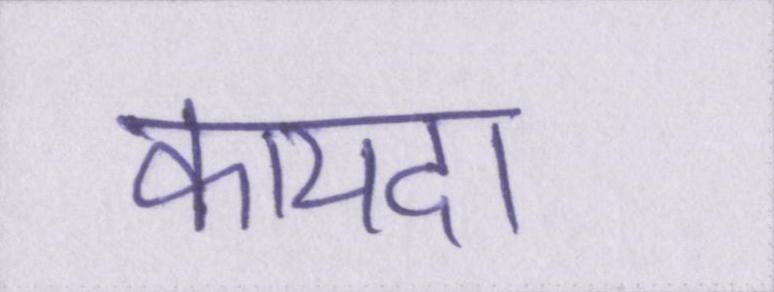
कायदा